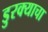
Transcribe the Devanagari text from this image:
डुरक्याचा